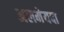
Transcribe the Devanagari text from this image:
अलमेयदा